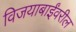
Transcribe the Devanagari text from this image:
विजयाबाईंवरील